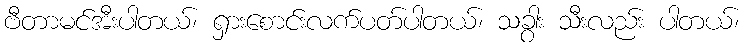
ဗီတာမင်အီးပါတယ်၊ ရှားစောင်းလက်ပတ်ပါတယ်၊ သခွား သီးလည်း ပါတယ်၊